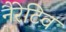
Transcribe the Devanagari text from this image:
नैरेटिव